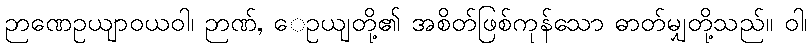
ဉာဏေဥယျာဝယဝါ၊ ဉာဏ်, ေဥယျတို့၏ အစိတ်ဖြစ်ကုန်သော ဓာတ်မျှတို့သည်။ ဝါ၊